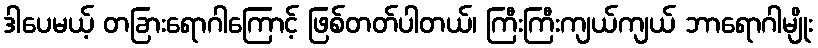
ဒါပေမယ့် တခြားရောဂါကြောင့် ဖြစ်တတ်ပါတယ်၊ ကြီးကြီးကျယ်ကျယ် ဘာရောဂါမျိုး